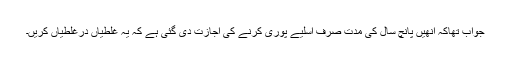
جواب تھاکہ انھیں پانچ سال کی مدت صرف اسلیے پوری کرنے کی اجازت دی گئی ہے کہ یہ غلطیاں درغلطیاں کریں۔